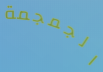
الجمجمة